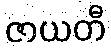
ဇာယတီ